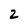
Character: 2